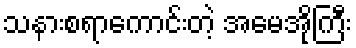
သနားစရာကောင်းတဲ့ အမေအိုကြီး